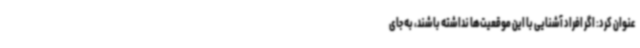
عنوان کرد: اگر افراد آشنایی با این موقعیت‌ها نداشته باشند، به جای